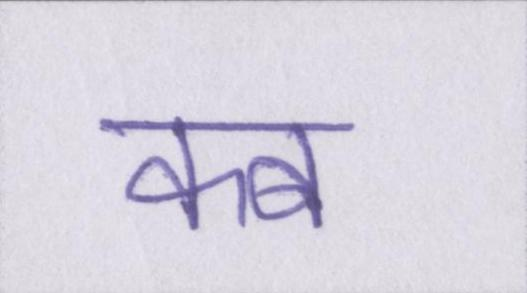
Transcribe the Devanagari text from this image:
कब